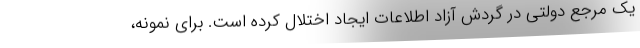
یک مرجع دولتی در گردش آزاد اطلاعات ایجاد اختلال کرده است. برای نمونه،